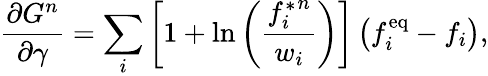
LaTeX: \frac{\partial G^{n}}{\partial\gamma}=\sum_{i}\left[1+\ln\left(\frac{{f_{i}^{*}}^{n}}{w_{i}}\right)\right]\left(f_{i}^{\mathrm{eq}}-f_{i}\right),